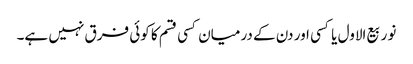
نو ربیع الاول یا کسی اور دن کے درمیان کسی قسم کا کوئی فرق نہیں ہے۔